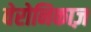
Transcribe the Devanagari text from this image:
वेरोनिकाज़